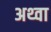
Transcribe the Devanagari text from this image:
अथ्‍वा